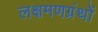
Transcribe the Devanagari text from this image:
लक्षमणग्रंथों